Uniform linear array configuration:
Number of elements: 24
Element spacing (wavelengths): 1
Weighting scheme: hamming
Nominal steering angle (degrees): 60
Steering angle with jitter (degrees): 58.69
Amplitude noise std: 0.05
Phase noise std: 0.05

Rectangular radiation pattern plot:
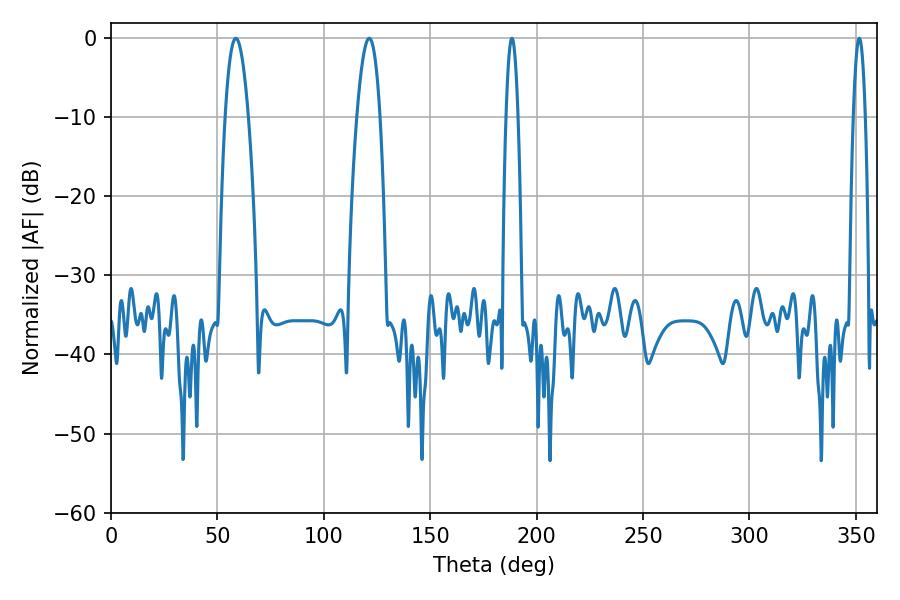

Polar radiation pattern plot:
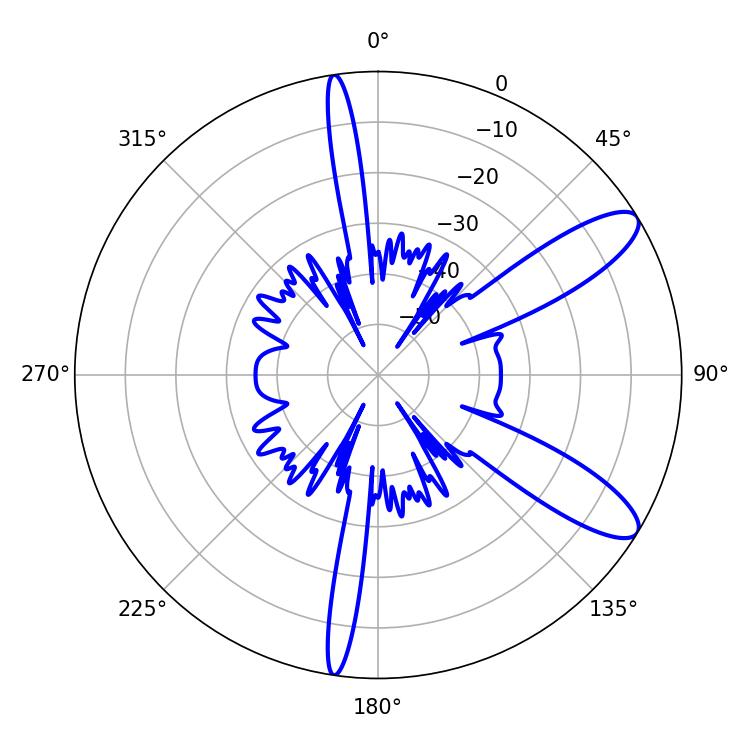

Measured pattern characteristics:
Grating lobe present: TRUE
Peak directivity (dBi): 10.554
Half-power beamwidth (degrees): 5.94
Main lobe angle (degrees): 58.68